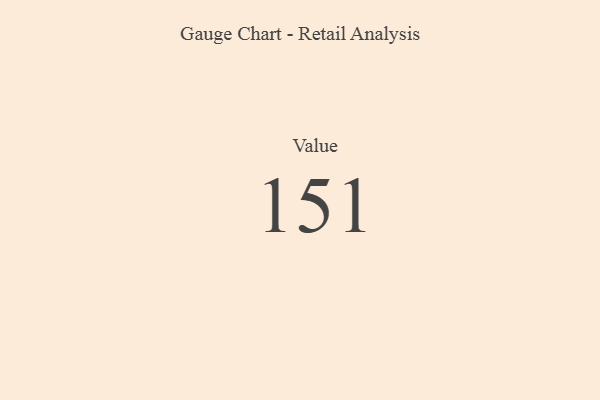
{"axis": {"x": "Metric", "y": "Value"}, "legend": [""], "data": [{"x": "Value", "y": 151, "type": ""}]}